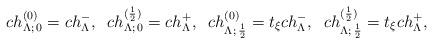
LaTeX: \begin{align*} ch_{\Lambda;\,0}^{(0)}=ch^{-}_{\Lambda}, \;\; ch^{(\frac{1}{2})}_{\Lambda;\,0}= ch^{+}_{\Lambda},\;\; ch^{(0)}_{\Lambda;\,\frac{1}{2}}=t_{\xi} ch^{-}_{\Lambda}, \;\; ch^{(\frac{1}{2})}_{\Lambda;\,\frac{1}{2}} = t_{\xi} ch^{+}_{\Lambda},\end{align*}